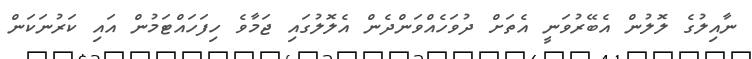
ނާއިލުގެ ލޮލުން އެބޭރުވަނީ އެތަށް ދުވަހެއްވަންދެން އެލޮލުގައި ޖަމާވެ ހިފަހައްޓަމުން އައި ކަރުނަކަން